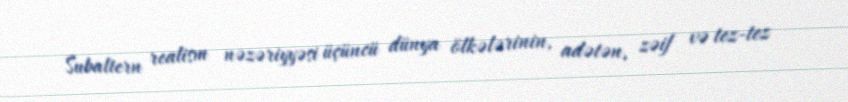
Subaltern realism nəzəriyyəsi üçüncü dünya ölkələrinin, adətən, zəif və tez-tez